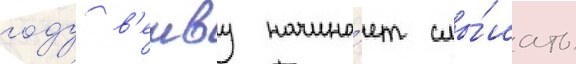
году в'енву начина́ет слы́шать